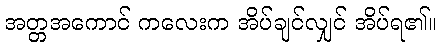
အတ္တအကောင် ကလေးက အိပ်ချင်လျှင် အိပ်ရ၏။